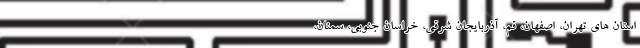
استان های تهران، اصفهان، قم، آذربایجان شرقی، خراسان جنوبی، سمنان،